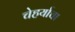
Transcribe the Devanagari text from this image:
चेहर्याचा